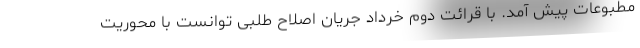
مطبوعات پیش آمد. با قرائت دوم خرداد جریان اصلاح طلبی توانست با محوریت